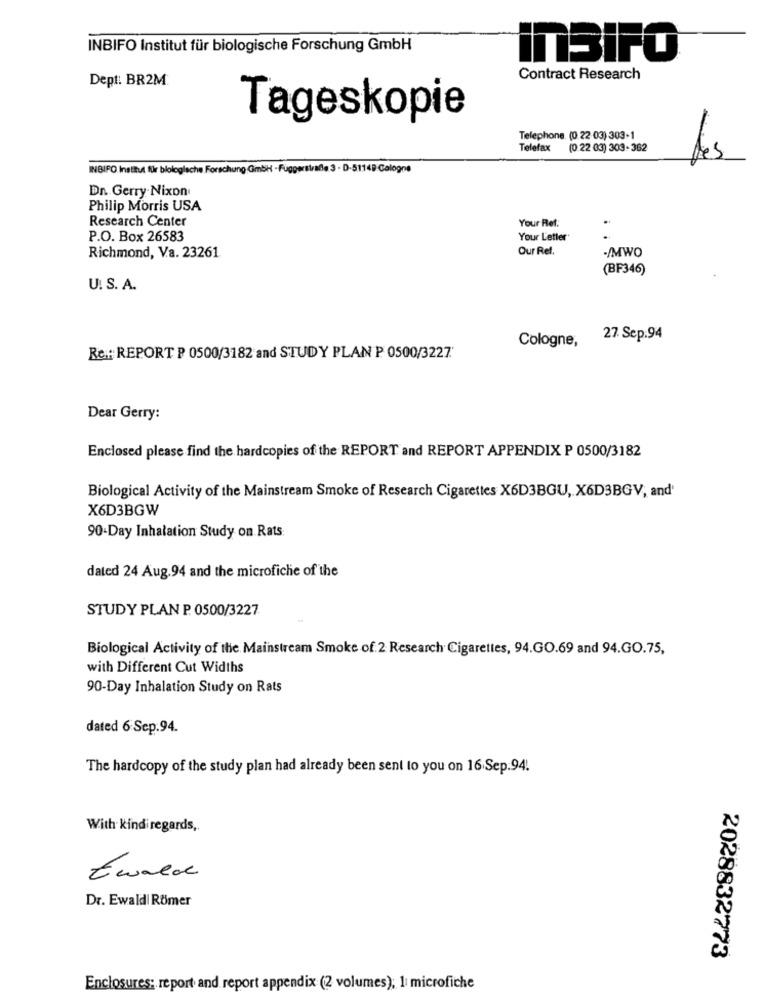
INBIFO Institut für biologische Forschung GmbH
inSiFO
Dept. BR2M
Contract Research
Tageskopie
Telephone (0.22-03) 303-1
Telefax
(0 22 03) 303-362
les
INBIFO Institut für biologische Forschung GmbH -Függerstraße 3 - D-51149 Calogne
Dn. Gerry Nixon
Philip Morris USA
Research Center
Your Ref:
P.O. Box 26583
Your Letter
Our Ret.
-/MWO
Richmond, V.a. 23261.
(BF346)
U. S. A.
Cologne,
27. Sep.94
Re .: REPORT P 0500/3182 and STUDY PLAN P 0500/3227
Dear Gerry:
Enclosed please find the hardcopies of the REPORT and REPORT APPENDIX P 0500/3182
Biological Activity of the Mainstream Smoke of Research Cigarettes X6D3BGU, X6D3BGV, and'
X6D3BGW
90-Day Inhalation Study on Rats
dated 24 Aug.94 and the microfiche of the
STUDY PLAN P. 0500/3227
Biological Activity of the Mainstream Smoke of 2 Research Cigarettes, 94.GO.69 and 94.GO.75,
with Different Cut Widths
90-Day Inhalation Study on Rats
dated 6 Sep.94.
The hardcopy of the study plan had already been sent to you on 16.Sep.94.
With kind regards,
Ewald
Dr. Ewald| Römer
2028832773
Enclosures: report and report appendix (2 volumes); 1 microfiche